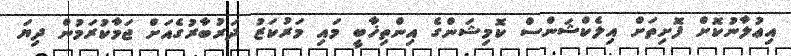
އިޢުލާނުކޮށް ފޮށިތަށް އިލެކްޝަންސް ކޮމިޝަންގެ އިންތިޚާބީ މައި މަރުކަޒު ދަރުބާރުގެއަށް ޖަމާކުރަމުން ދިޔަ